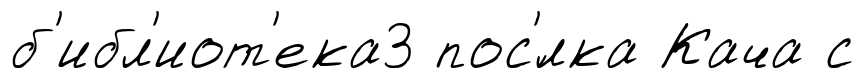
б'ибл'иот'ека3 пос'́лка Кача с